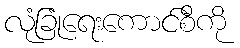
လုံခြုံရေးကောင်စီကို